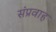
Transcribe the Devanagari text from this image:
संप्रवाह